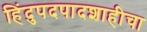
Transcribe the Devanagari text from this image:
हिंदुपदपादशाहीचा